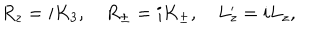
R _ { z } = i K _ { 3 } , \quad R _ { \pm } = i K _ { \pm } , \quad L _ { z } ^ { \prime } = i L _ { z } ,